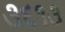
૩૬૧૩